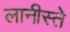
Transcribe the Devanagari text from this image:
लानीस्ते